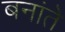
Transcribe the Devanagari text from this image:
बनांते